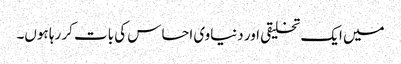
میں ایک تخلیقی اور دنیاوی احساس کی بات کر رہا ہوں۔